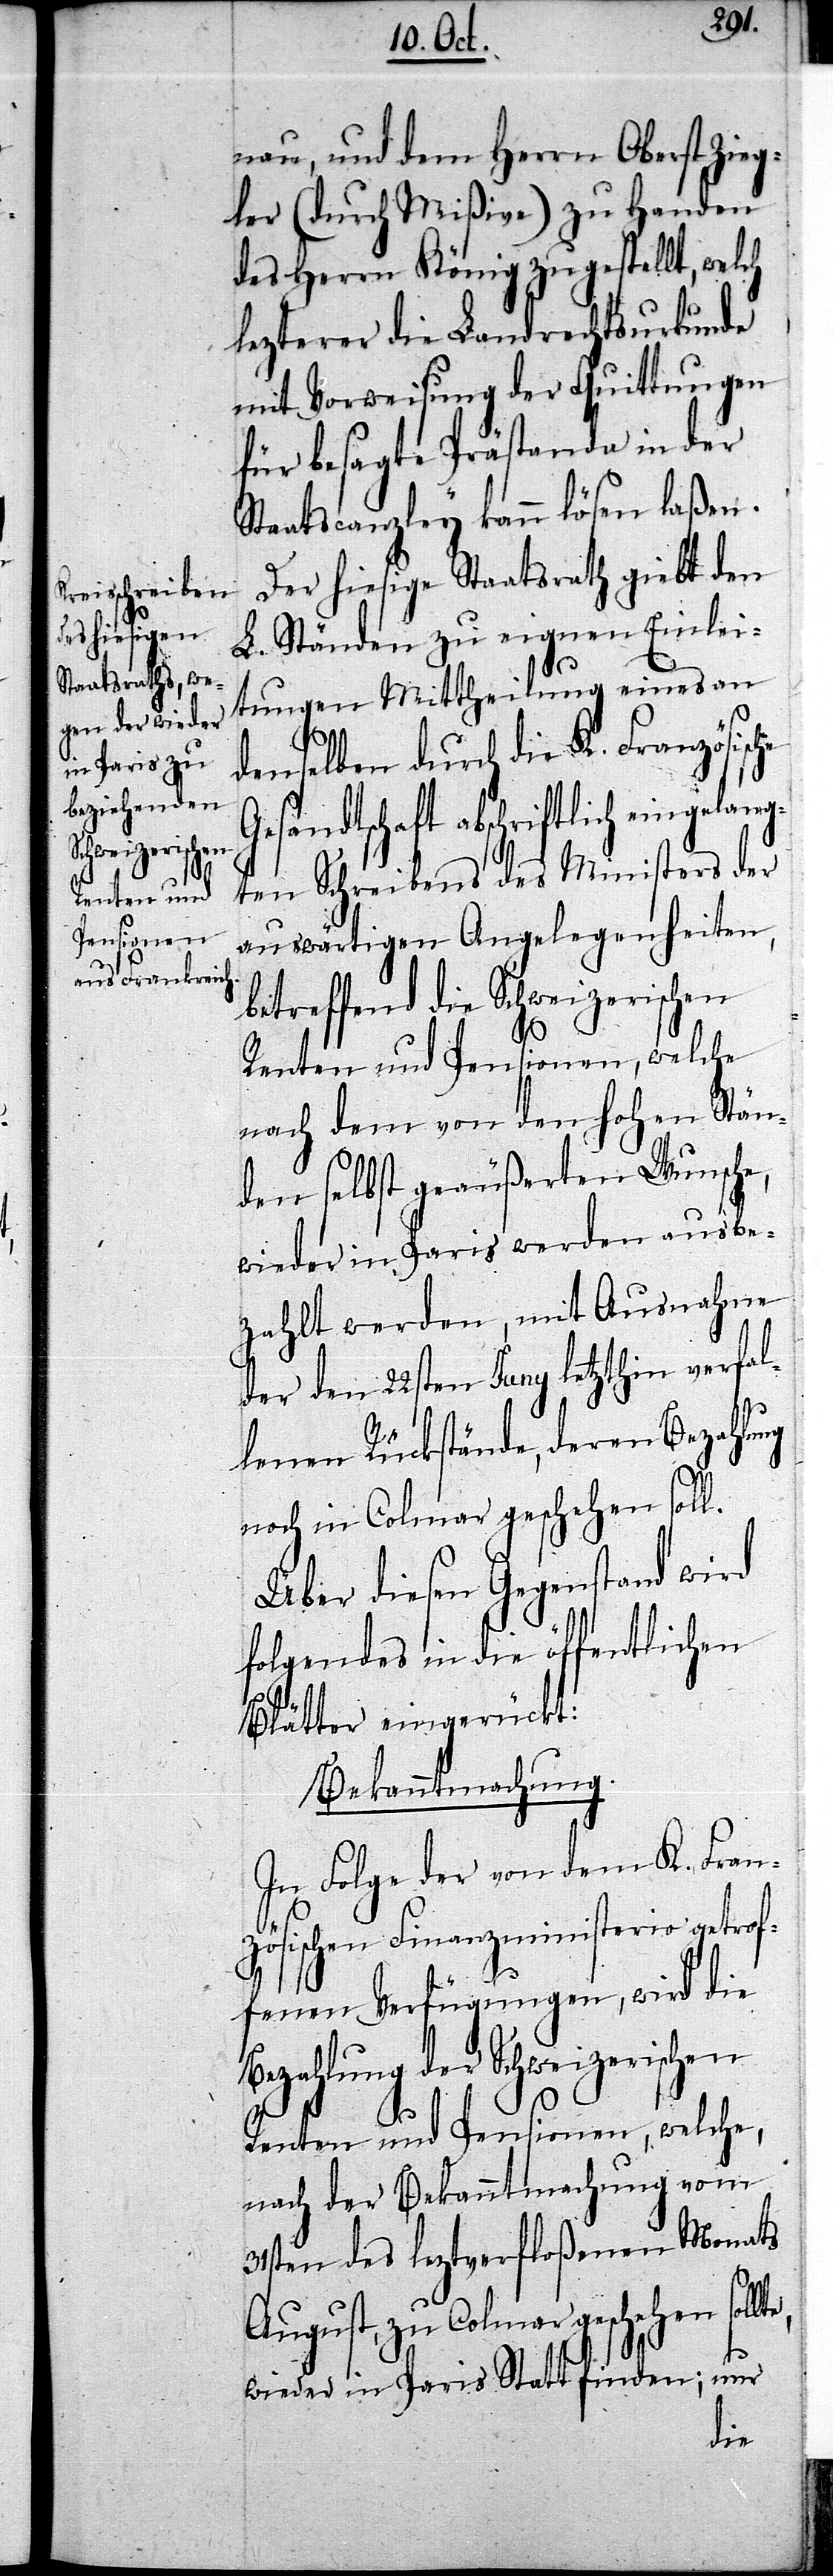
lte,

nau, und dem Herrn Oberst Zieg¬
ler (durch Mißiven) zu Handen
des Herrn König zugestellt, welch
lezterer die Landrechtsurkunde
mit Vorweisung der Quittungen
für besagte Prästanda in der
Staatscanzley kann lösen laßen.
Der hiesige Staatsrath giebt den
L. Ständen zu eigenen Einlei¬
tungen Mittheilung eines an
denselben durch die K. Französische
Gesandtschaft abschriftlich eingelang¬
ten Schreibens des Ministers der
auswärtigen Angelegenheiten,
betreffend die Schweizerischen
Renten und Pensionen, welche
nach dem von den hohen Stän¬
den selbst geäußerten Wunsche,
wieder in Paris werden ausbe¬
zahlt werden, mit Ausnahme
der den 22sten Juny letzthin verfal¬
lenen Rückstände, deren Bezahlung
noch in Colmar geschehen soll.
Über diesen Gegenstand wird
folgendes in die öffentlichen
Blätter eingerückt:
Bekanntmachung.
In Folge der von dem K. Franz¬
ösischen Finanzministerio getrof¬
fenen Verfügungen, wird die
Bezahlung der Schweizerischen
Renten und Pensionen, welche,
nach der Bekanntmachung vom
31sten des leztverfloßenen Monats
August, zu Colmar geschehen sol¬
wieder in Paris Statt finden; nur